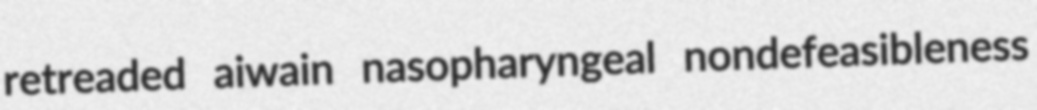
retreaded aiwain nasopharyngeal nondefeasibleness